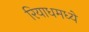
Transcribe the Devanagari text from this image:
रियाधमध्ये